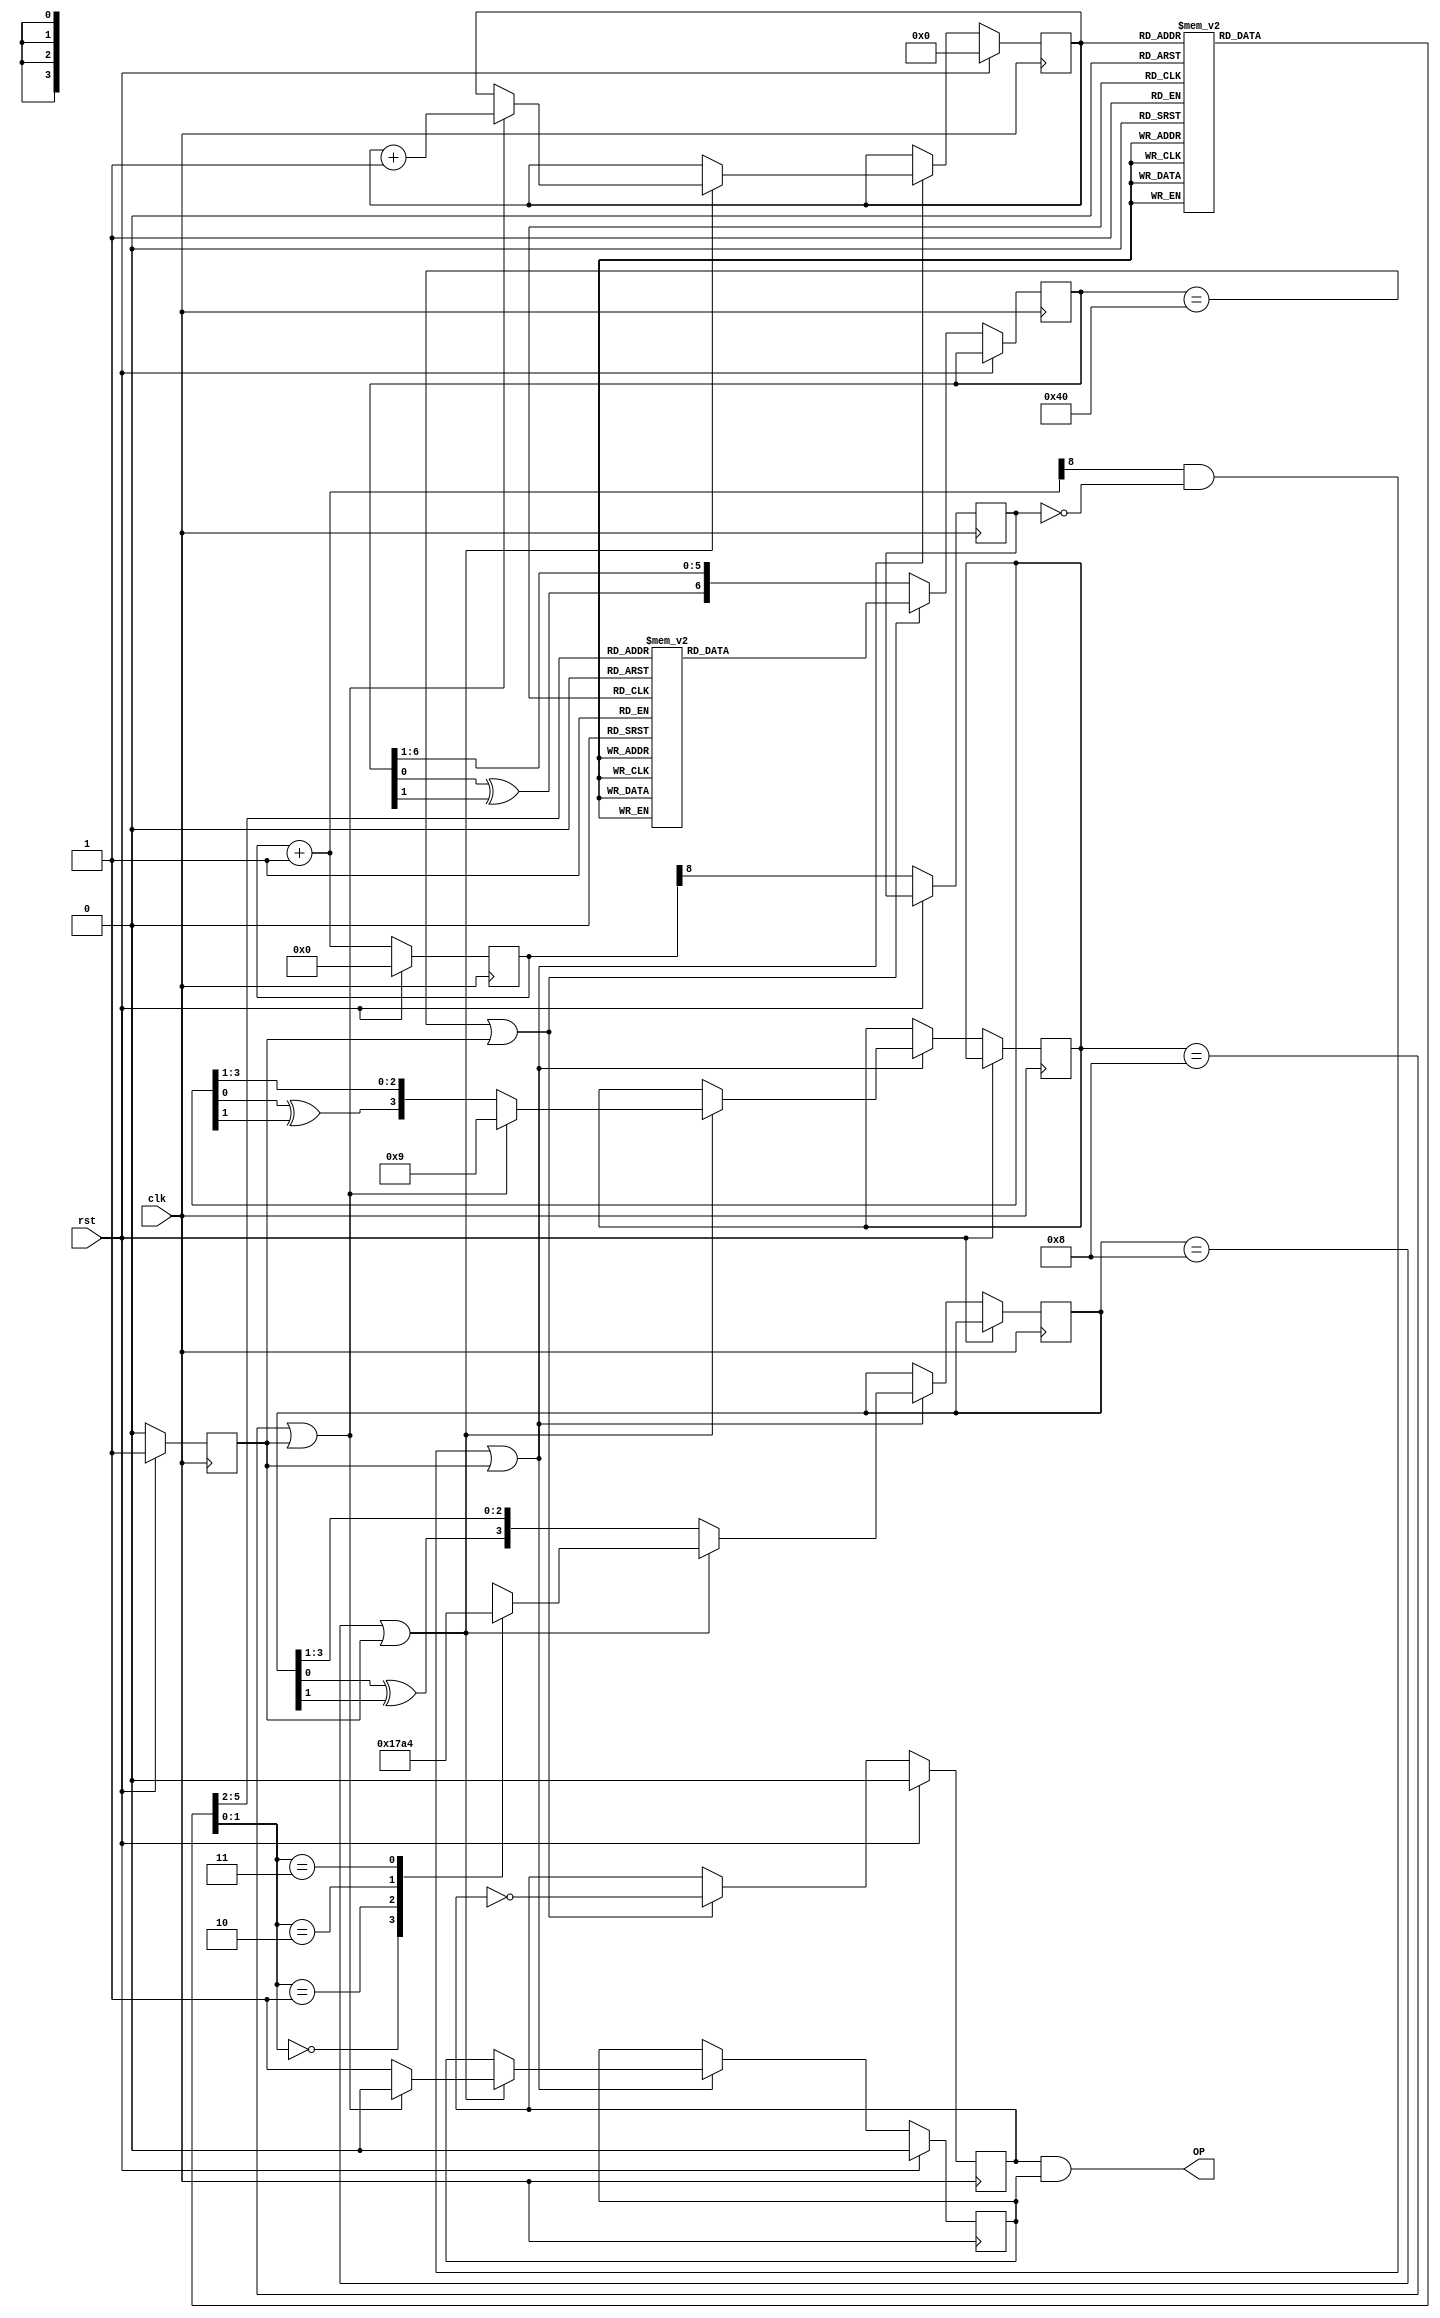
module tune_player(
`ifdef USE_POWER_PINS
	inout vccd1,
	inout vssd1,
`endif
	input clk,
	input rst,
	
	output OP
);

reg [5:0] PC;

reg [5:0] tune_ROM;
always @(*) begin
	case(PC)
	0: tune_ROM = 6'b000100;
	1: tune_ROM = 6'b011100;
	2: tune_ROM = 6'b011100;
	3: tune_ROM = 6'b011101;
	4: tune_ROM = 6'b011100;
	5: tune_ROM = 6'b011100;
	6: tune_ROM = 6'b011101;
	7: tune_ROM = 6'b011100;
	8: tune_ROM = 6'b100100;
	9: tune_ROM = 6'b010100;
	10: tune_ROM = 6'b011000;
	11: tune_ROM = 6'b011110;
	12: tune_ROM = 6'b100001;
	13: tune_ROM = 6'b100001;
	14: tune_ROM = 6'b100000;
	15: tune_ROM = 6'b011100;

	16: tune_ROM = 6'b011101;
	17: tune_ROM = 6'b100100;
	18: tune_ROM = 6'b100100;
	19: tune_ROM = 6'b100000;
	20: tune_ROM = 6'b011000;
	21: tune_ROM = 6'b010110;
	22: tune_ROM = 6'b011100;
	23: tune_ROM = 6'b100000;
	24: tune_ROM = 6'b100101;
	25: tune_ROM = 6'b100110;
	26: tune_ROM = 6'b101000;
	27: tune_ROM = 6'b101100;
	28: tune_ROM = 6'b110001;
	29: tune_ROM = 6'b110010;
	30: tune_ROM = 6'b011100;
	31: tune_ROM = 6'b100000;

	32: tune_ROM = 6'b100101;
	33: tune_ROM = 6'b100110;
	34: tune_ROM = 6'b101000;
	35: tune_ROM = 6'b100100;
	36: tune_ROM = 6'b100001;
	37: tune_ROM = 6'b100010;
	38: tune_ROM = 6'b011101;
	39: tune_ROM = 6'b100101;
	40: tune_ROM = 6'b010101;
	41: tune_ROM = 6'b011101;
	42: tune_ROM = 6'b011001;
	43: tune_ROM = 6'b100010;
	44: tune_ROM = 6'b010001;
	45: tune_ROM = 6'b010110;
	46: tune_ROM = 6'b001001;
	47: tune_ROM = 6'b010101;

	48: tune_ROM = 6'b010100;
	49: tune_ROM = 6'b011000;
	50: tune_ROM = 6'b010100;
	51: tune_ROM = 6'b010000;
	52: tune_ROM = 6'b001110;
	53: tune_ROM = 6'b011001;
	54: tune_ROM = 6'b011000;
	55: tune_ROM = 6'b011100;
	56: tune_ROM = 6'b011000;
	57: tune_ROM = 6'b010100;
	58: tune_ROM = 6'b010001;
	59: tune_ROM = 6'b001001;
	60: tune_ROM = 6'b001101;
	61: tune_ROM = 6'b011001;
	62: tune_ROM = 6'b010001;
	63: tune_ROM = 6'b010110;
	endcase
end

reg [6:0] scale_ROM;
always @(*) begin
	case(tune_ROM[5:2])
	0: scale_ROM = 7'b1111111;
	1: scale_ROM = 7'b1111111;
	2: scale_ROM = 7'b1001010;
	3: scale_ROM = 7'b0000101;
	4: scale_ROM = 7'b0100011;
	5: scale_ROM = 7'b0010010;
	6: scale_ROM = 7'b0110110;
	7: scale_ROM = 7'b1101101;
	
	8: scale_ROM = 7'b1111011;
	9: scale_ROM = 7'b0001101;
	10: scale_ROM = 7'b1011000;
	11: scale_ROM = 7'b0100101;
	12: scale_ROM = 7'b1101001;
	13: scale_ROM = 7'b1111111;
	14: scale_ROM = 7'b1111111;
	15: scale_ROM = 7'b1111111;
	endcase
end

reg [3:0] rhythm_ROM;
always @(*) begin
	case(tune_ROM[1:0])
		0: rhythm_ROM = 4'b0001;
		1: rhythm_ROM = 4'b0111;
		2: rhythm_ROM = 4'b1010;
		3: rhythm_ROM = 4'b0100;
	endcase
end

reg just_inc;
reg OP_reg;
assign OP = OP_reg & just_inc;

reg [6:0] LFSR;
reg prev_clk_div;
reg [8:0] clock_div;
wire [8:0] next_clock_div = clock_div + 1;

reg [3:0] rhythm_LFSR;
reg [3:0] tempo_LFSR;

reg just_rst;

always @(posedge clk) begin
	if(rst) begin
		PC <= 0;
		OP_reg <= 0;
		clock_div <= 0;
		just_rst <= 1;
		just_inc <= 0;
	end else begin
		just_rst <= 0;
		clock_div <= next_clock_div;
		prev_clk_div <= clock_div[8];
		
		LFSR <= {LFSR[0] ^ LFSR[1], LFSR[6:1]};
		if(LFSR == 7'b1000000 || just_rst) begin
			OP_reg <= ~OP_reg;
			LFSR <= scale_ROM;
		end
		
		if((next_clock_div[8] && !prev_clk_div) || just_rst) begin
			rhythm_LFSR <= {rhythm_LFSR[0] ^ rhythm_LFSR[1], rhythm_LFSR[3:1]};
			if((rhythm_LFSR == 4'b1000) || just_rst) begin
				tempo_LFSR <= {tempo_LFSR[0] ^ tempo_LFSR[1], tempo_LFSR[3:1]};
				rhythm_LFSR <= rhythm_ROM;
				just_inc <= 1;
				if((tempo_LFSR == 4'b1000) || just_rst) begin
					tempo_LFSR <= 4'b1001;
					PC <= PC + 1;
					just_inc <= 0;
				end
			end
		end
	end
end

endmodule